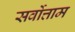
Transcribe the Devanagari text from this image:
सर्वोत्ताम